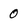
Character: 0